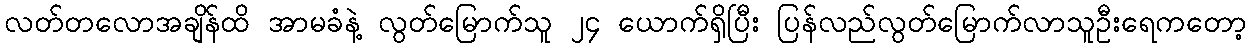
လတ်တလောအချိန်ထိ အာမခံနဲ့ လွတ်မြောက်သူ ၂၄ ယောက်ရှိပြီး ပြန်လည်လွတ်မြောက်လာသူဦးရေကတော့